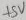
Text: +5V